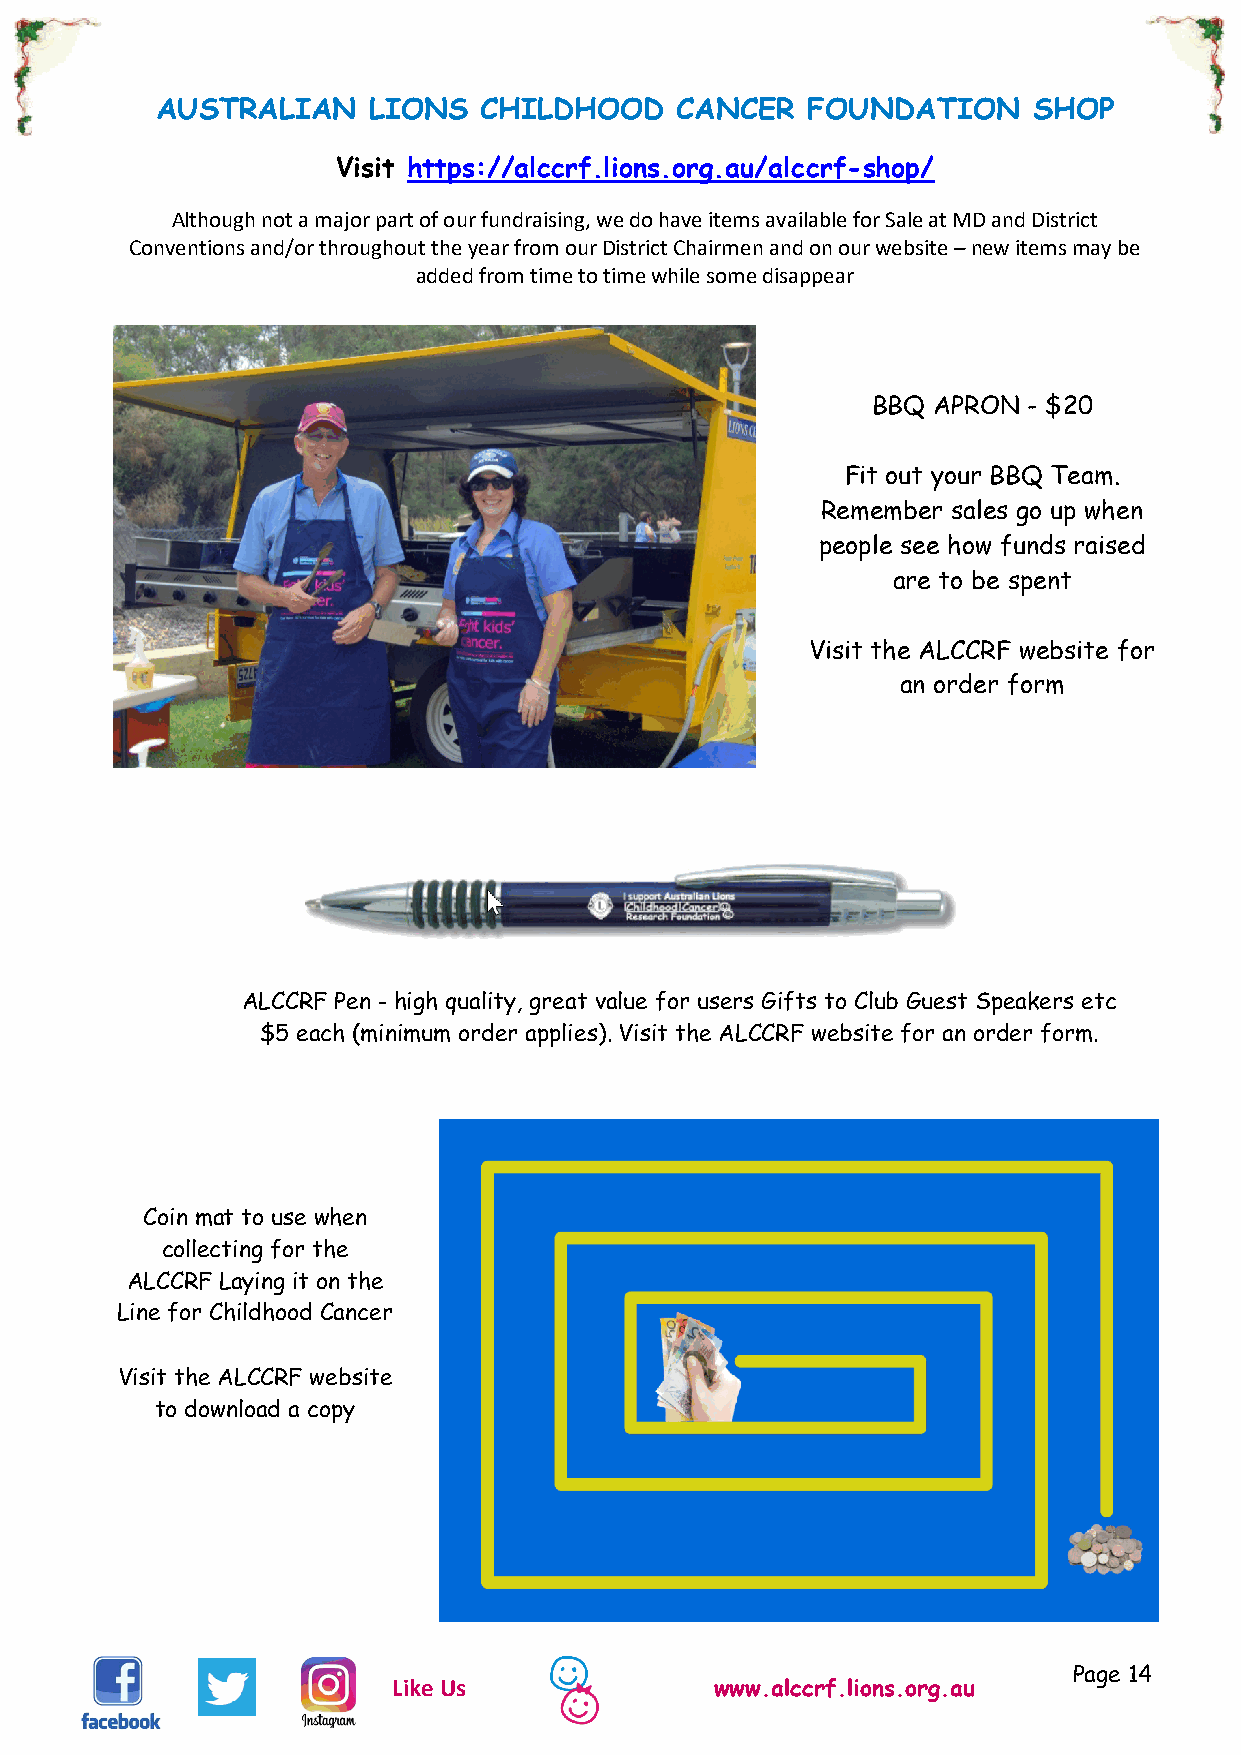
AUSTRALIAN    LIONS   CHILDHOOD    CANCER  FOUNDATION     SHOP
 Visit https://alccrf.lions.org.au/alccrf-shop/
 Although not a major part of our fundraising, we do have items available for Sale at MD and District
 Conventions and/or throughout the year from our District Chairmen and on our website – new items may be
 added from time to time while some disappear
 BBQ APRON - $20
 Fit out your BBQ Team.
 Remember sales go up when
 people see how funds raised
 are to be spent
 Visit the ALCCRF website for
 an order form
 ALCCRF Pen - high quality, great value for users Gifts to Club Guest Speakers etc
 $5 each (minimum order applies). Visit the ALCCRF website for an order form.
 Coin mat to use when
 collecting for the
 ALCCRF Laying it on the
 Line for Childhood Cancer
 Visit the ALCCRF website
 to download a copy
 Page 14
 Like Us              www.alccrf.lions.org.au